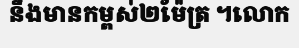
នឹងមានកម្ពស់២ម៉ែត្រ ។លោក